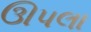
ઊપલા